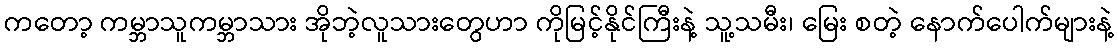
ကတော့ ကမ္ဘာသူကမ္ဘာသား အိုဘဲ့လူသားတွေဟာ ကိုမြင့်နိုင်ကြီးနဲ့ သူ့သမီး၊ မြေး စတဲ့ နောက်ပေါက်များနဲ့